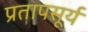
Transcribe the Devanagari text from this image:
प्रतापसूर्य